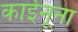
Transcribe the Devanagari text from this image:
काईनूना